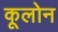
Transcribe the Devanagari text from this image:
कूलोन